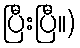
ပြီးပြီ။)